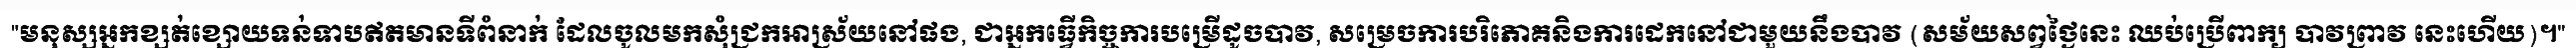
"មនុស្សអ្នកខ្សត់ខ្សោយទន់ទាបឥតមានទីពំនាក់ ដែលចូលមកសុំជ្រកអាស្រ័យនៅផង, ជាអ្នកធ្វើកិច្ចការបម្រើដូចបាវ, សម្រេចការបរិភោគនិងការដេកនៅជាមួយនឹងបាវ (សម័យសព្វថ្ងៃនេះ ឈប់ប្រើពាក្យ បាវព្រាវ នេះហើយ)។"